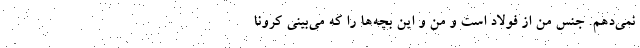
نمی‌دهم. جنس من از فولاد است و من و این بچه‌ها را که می‌بینی کرونا